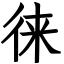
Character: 徕